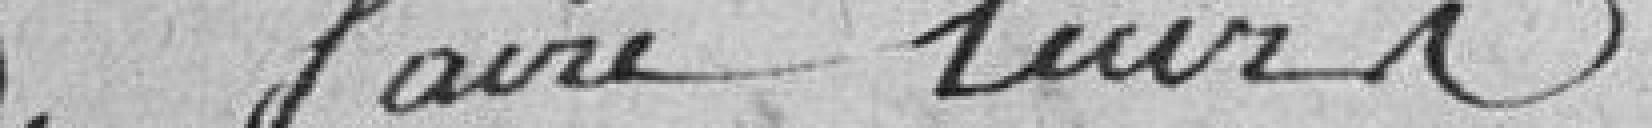
de faire leurs